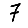
Digit: 7